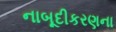
નાબૂદીકરણના